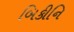
બિકીનિ